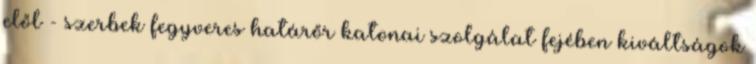
elől - szerbek fegyveres határőr katonai szolgálat fejében kiváltságok